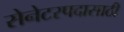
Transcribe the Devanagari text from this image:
सेनेटरपदासाठी